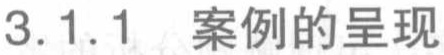
3.1.1 案例的呈现